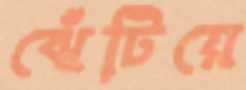
ঝেঁটিয়ে